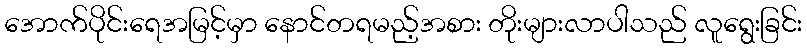
အောက်ပိုင်းရေအမြင့်မှာ နောင်တရမည့်အစား တိုးများလာပါသည် လူရွေးခြင်း